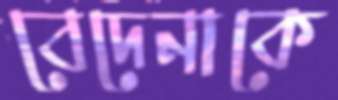
বেদেনাকে